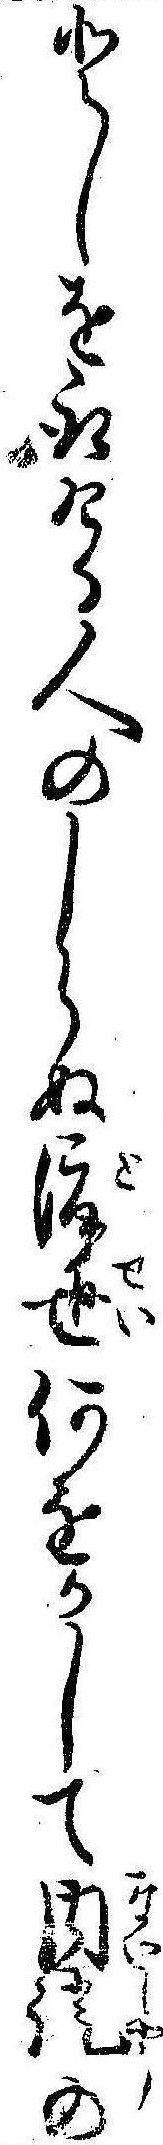
としを取ける人のしらぬ渡世何をかして内証の